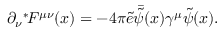
\partial _ { \nu } { } ^ { * } \! F ^ { \mu \nu } ( x ) = - 4 \pi \tilde { e } \bar { \tilde { \psi } } ( x ) \gamma ^ { \mu } \tilde { \psi } ( x ) .